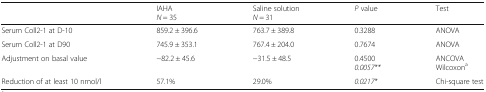
<table><thead><tr><td></td><td><b>IAHA<i>N</i> = 35</b></td><td><b>Saline solution<i>N</i> = 31</b></td><td><b><i>P</i> value</b></td><td><b>Test</b></td></tr></thead><tbody><tr><td>Serum Coll2-1 at D-10</td><td>859.2 ± 396.6</td><td>763.7 ± 389.8</td><td>0.3288</td><td>ANOVA</td></tr><tr><td>Serum Coll2-1 at D90</td><td>745.9 ± 353.1</td><td>767.4 ± 204.0</td><td>0.7674</td><td>ANOVA</td></tr><tr><td>Adjustment on basal value</td><td>−82.2 ± 45.6</td><td>−31.5 ± 48.5</td><td>0.4500<i>0.0057**</i></td><td>ANCOVAWilcoxon<sup>a</sup></td></tr><tr><td>Reduction of at least 10 nmol/l</td><td>57.1%</td><td>29.0%</td><td><i>0.0217*</i></td><td>Chi-square test</td></tr></tbody></table>